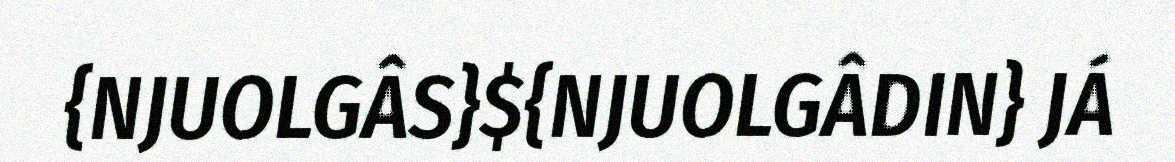
{NJUOLGÂS}${NJUOLGÂDIN} JÁ